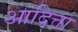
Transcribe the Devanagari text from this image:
आदित्ता